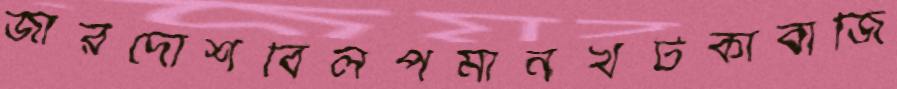
জারদোশবিলপমানখটকাবাজি